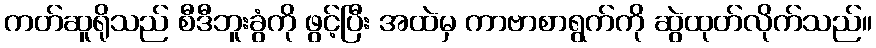
ကတ်ဆူရိုသည် စီဒီဘူးခွံကို ဖွင့်ပြီး အထဲမှ ကာဗာစာရွက်ကို ဆွဲထုတ်လိုက်သည်။